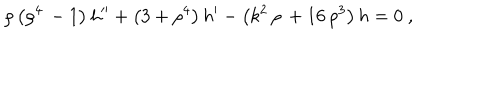
LaTeX: \rho \left( { \rho ^ { 4 } } \, - 1 \right) h ^ { \prime \prime } + \left( 3 + { \rho ^ { 4 } } \right) h ^ { \prime } - \left( { k ^ { 2 } } \, \rho \, + 1 6 \, { \rho ^ { 3 } } \right) h = 0 ~ ,